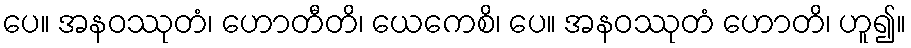
ပေ။ အနဝဿုတံ၊ ဟောတီတိ၊ ယေကေစိ၊ ပေ။ အနဝဿုတံ ဟောတိ၊ ဟူ၍။